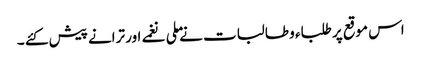
اس موقع پر طلباء و طالبات نے ملی نغمے اور ترانے پیش کئے ۔